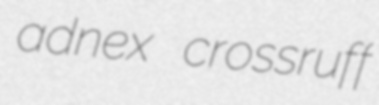
adnex crossruff